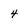
Character: 4